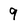
Character: 9